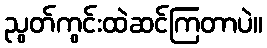
ညွတ်ကွင်းထဲဆင်ကြတာပဲ။